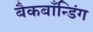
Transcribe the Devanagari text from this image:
बैकबाँन्डिंग